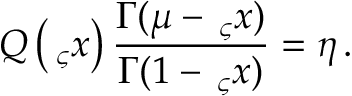
Q \left( \, _ { \varsigma } x \right) \frac { \Gamma ( \mu - \, _ { \varsigma } x ) } { \Gamma ( 1 - \, _ { \varsigma } x ) } = \eta \, .